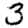
Digit: 3